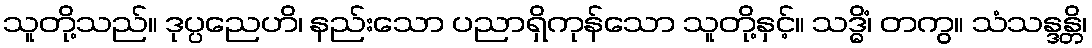
သူတို့သည်။ ဒုပ္ပညေဟိ၊ နည်းသော ပညာရှိကုန်သော သူတို့နှင့်။ သဒ္ဓိံ၊ တကွ။ သံသန္ဒန္တိ၊